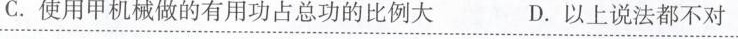
C.使用甲机械做的有用功占总功的比例大 D.以上说法都不对